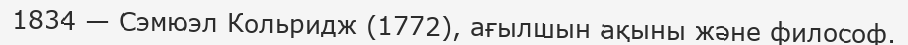
1834 — Сэмюэл Кольридж (1772), ағылшын ақыны және философ.